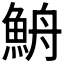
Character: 𩶣